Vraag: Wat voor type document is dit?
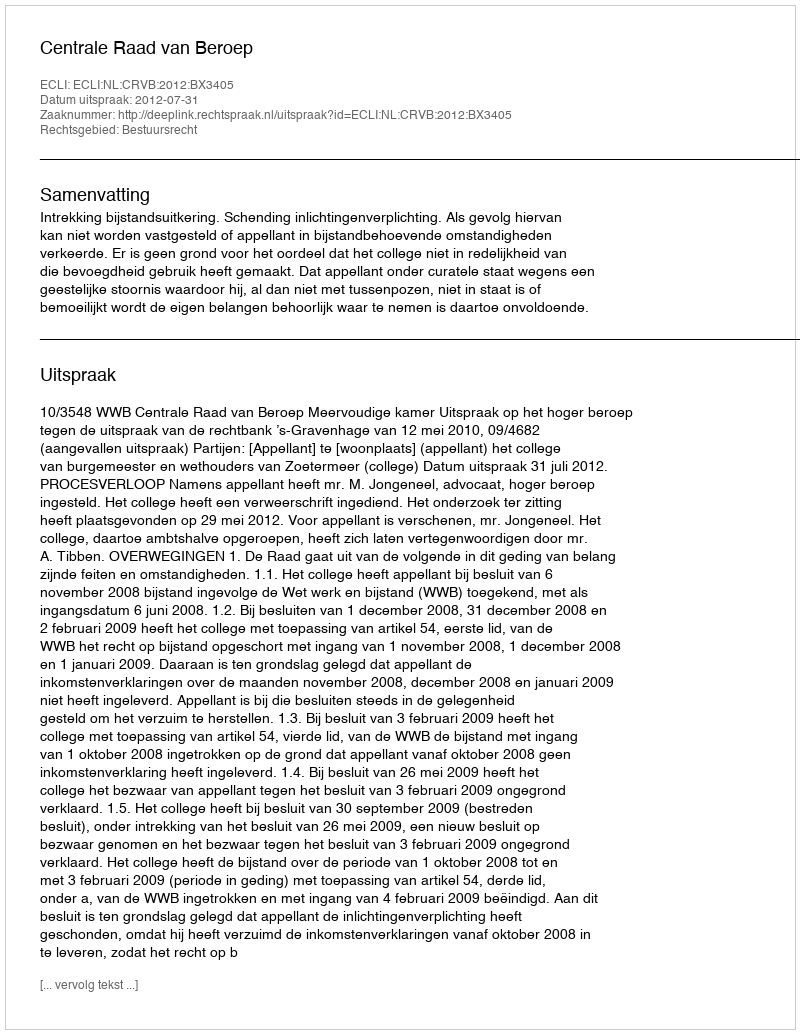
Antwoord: Uitspraak